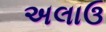
અલાઉ